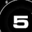
Digit: 5